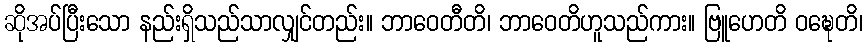
ဆိုအပ်ပြီးသော နည်းရှိသည်သာလျှင်တည်း။ ဘာဝေတီတိ၊ ဘာဝေတိဟူသည်ကား။ ဗြူဟေတိ ဝဍ္ဎေတိ၊